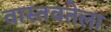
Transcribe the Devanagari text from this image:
वास्तवतेला